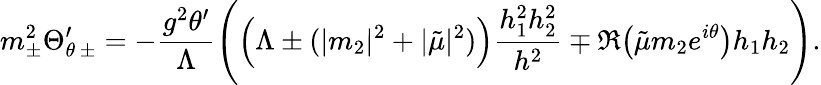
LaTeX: m_{\pm}^{2}\Theta_{\theta\, \pm}^{\prime}=-\frac{g^{2}\theta^{\prime}}{\Lambda}\left(\Big(\Lambda\pm(|m_{2}|^{2}+|\tilde{\mu}|^{2})\Big)\frac{h_{1}^{2}h_{2}^{2}}{h^{2}}\mp\Re\big(\tilde{\mu}m_{2}e^{i\theta}\big)h_{1}h_{2}\right).